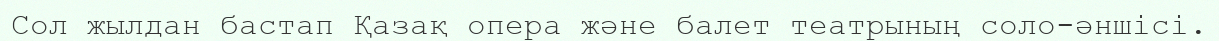
Сол жылдан бастап Қазақ опера және балет театрының соло-әншісі.